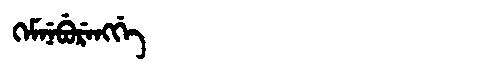
Manchu: ᡴᡝᠮᠨᡝᠪᡠᡵᡝᠩᡤᡝ
Romanization: KEMNEBURENGGE